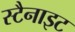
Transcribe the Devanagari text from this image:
स्टैनाइट